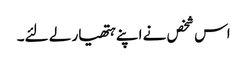
اس شخص نے اپنے ہتھیار لے لئے۔